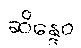
ဆိန္ဒေဝ